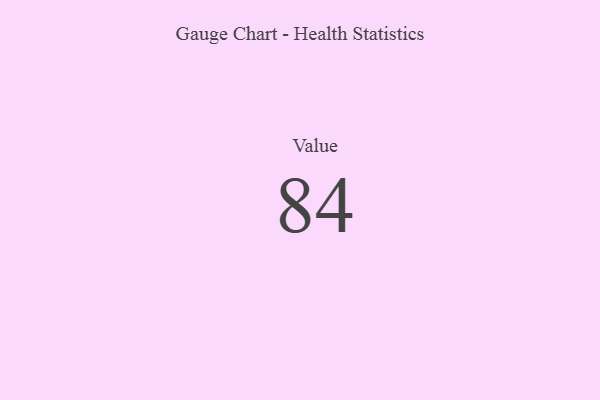
{"axis": {"x": "Metric", "y": "Value"}, "legend": [""], "data": [{"x": "Value", "y": 84, "type": ""}]}